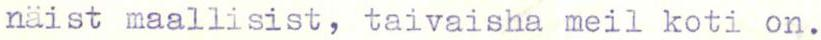
näist maallisist, taivaisha meil koti on.